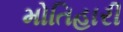
મોતિહારી